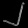
Digit: ၂